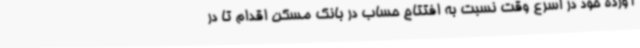
آورده خود در اسرع وقت نسبت به افتتاح حساب در بانک مسکن اقدام تا در